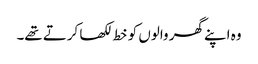
وہ اپنے گھر والوں کو خط لکھا کرتے تھے۔